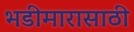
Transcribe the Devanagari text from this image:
भडीमारासाठी